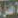
افكار